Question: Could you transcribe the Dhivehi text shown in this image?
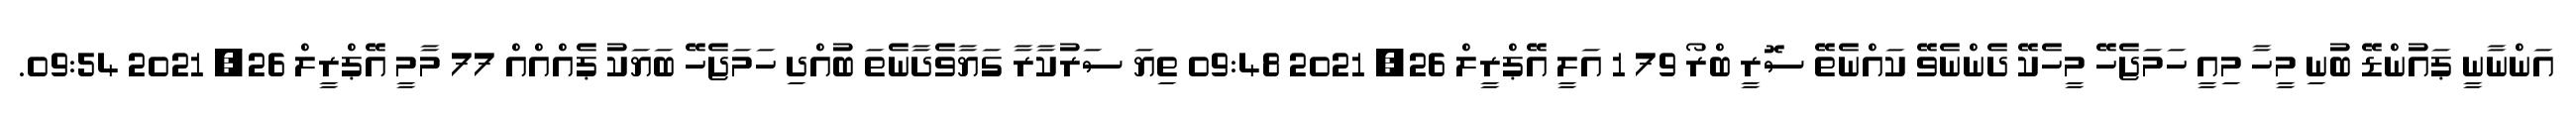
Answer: އަންނާނީ ޕައުންޑޭ ބުނި މީހާ މިއީ ހަމަޖެހޭ މީހެކޭ ދެންނެވޭ ކައްނެތޭ ސޮރީ ބްރޯ 79 1 އަލީ އޭޕްރީލް 26, 2021 09:48 ތިޔަ ސަރުކާރާ ގަޔާވެދާނެތަ ބުއްދި ހަމަޖެހޭ ބަޔަކު ޕެއްއްއް 77 މާމީ އޭޕްރީލް 26, 2021 09:54.